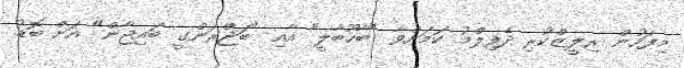
މިފަހުން ރިލީޒްކުރި ދެފިލްމު ކަމަށްވާ "ބާހޫބާލީ" އާއި "ބަޖްރަންގީ ބައިޖާން" އަށް ބޮޑު